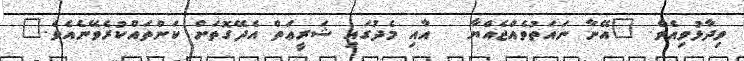
ވިދާޅުވިއެވެ. "އޭނާ ނައަތުވެއްޖެއްޔާ   އާއި މެދުގައި ޝަރީޢަތް އެދޭގޮތަށް ކަންތައްކުރެވޭނެއެވެ."